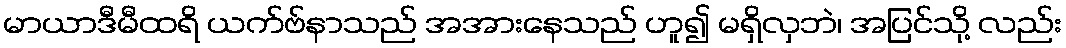
မာယာဒီမီထရိ ယက်ဗ်နာသည် အအားနေသည် ဟူ၍ မရှိလှဘဲ၊ အပြင်သို့ လည်း